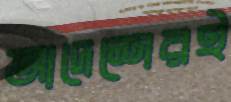
আদেশেরই